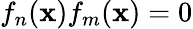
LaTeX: f_{n}(\mathbf{x})f_{m}(\mathbf{x})=0